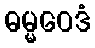
ဓမ္မဝေဒံ